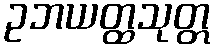
ဥဘယတ္ထသုတ္တ